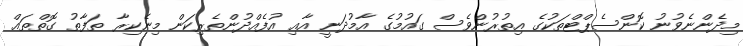
މިދެންނެވުނު ކޮންސެޕްޓްތަކުގެ އިތުރުންވެސް ގައުމުގެ އާމުދަނީ އާއި އުފެއްދުންތެރިކަން މިނެކިރާ ތަފާތު ގޮތްތައް